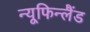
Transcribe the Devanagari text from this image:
न्यूफिन्लैंड